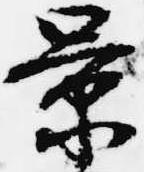
景